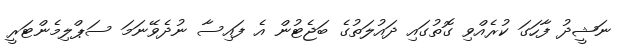
ނަޝީދު ފާހަގަ ކުރެއްވި ގޮތުގައި ދައުލަތުގެ ބަޖެޓުން އެ ފައިސާ ނުދެވޭނަމަ ސަޕްލިމެންޓަރީ